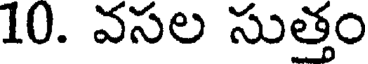
10. వసల సుత్తం